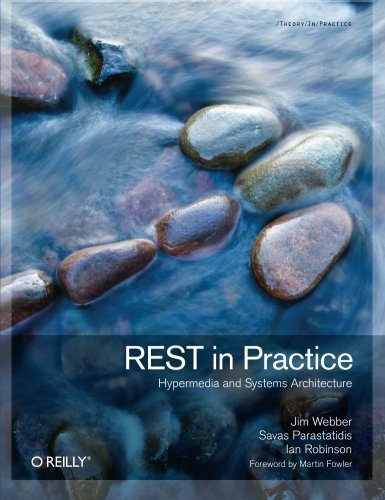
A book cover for REST in Practice: Hypermedia and Systems Architecture; Jim Webber; Computers & Technology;